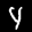
Label: 4